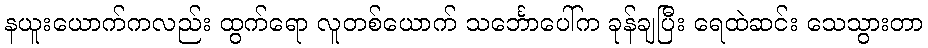
နယူးယောက်ကလည်း ထွက်ရော လူတစ်ယောက် သင်္ဘောပေါ်က ခုန်ချပြီး ရေထဲဆင်း သေသွားတာ